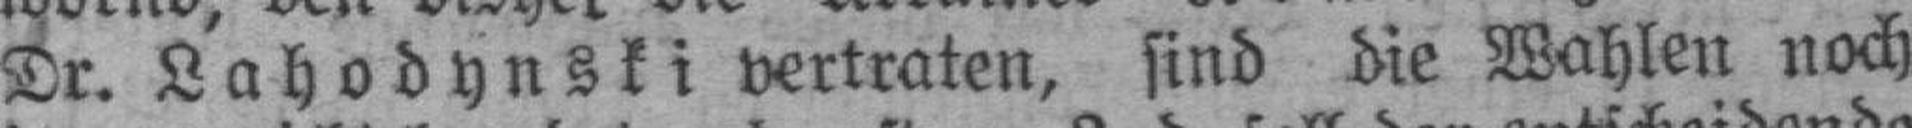
Dr. Lahodynski vertraten, sind die Wahlen noch